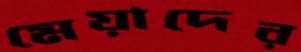
মেয়াদের